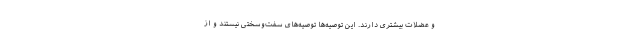
و عضلات بیشتری دارند. این توصیه‌ها توصیه‌های سفت‌وسختی نیستند و از